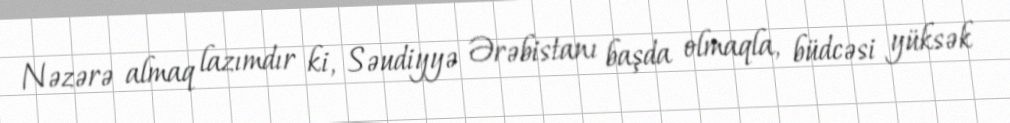
Nəzərə almaq lazımdır ki, Səudiyyə Ərəbistanı başda olmaqla, büdcəsi yüksək